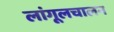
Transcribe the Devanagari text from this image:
लांगूलचालन